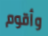
وأقوم